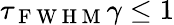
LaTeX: \tau_{\mathrm{~F~W~H~M~}}\gamma\leq 1